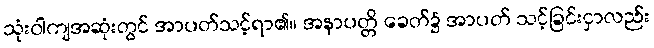
သုံးဝါကျအဆုံးတွင် အာပတ်သင့်ရာ၏။ အနာပတ္တိ ခေတ်၌ အာပတ် သင့်ခြင်းငှာလည်း